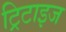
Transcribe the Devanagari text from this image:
ट्रिटाइज